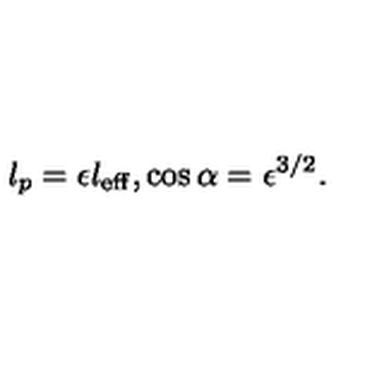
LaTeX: l _ { p } = \epsilon l _ { \mathrm { e f f } } , \cos \alpha = \epsilon ^ { 3 / 2 } .